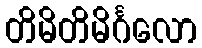
တိမိတိမိင်္ဂလော